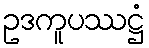
ဥဒကူပဿဋ္ဌံ